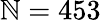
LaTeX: \mathbb{N}=453